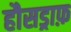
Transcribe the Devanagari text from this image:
हौसड्राफ़